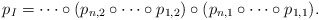
\begin{align*}p_I = \cdots \circ (p_{n,2} \circ \cdots \circ p_{1,2}) \circ (p_{n,1} \circ \cdots \circ p_{1,1} ).\end{align*}